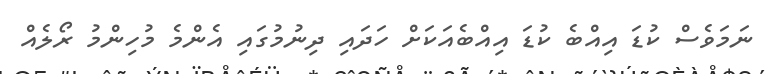
ނަމަވެސް ކުޑަ އިއްބެ ކުޑަ އިއްބެއަކަށް ހަދައި ދިނުމުގައި އެންމެ މުހިންމު ރޯލެއް